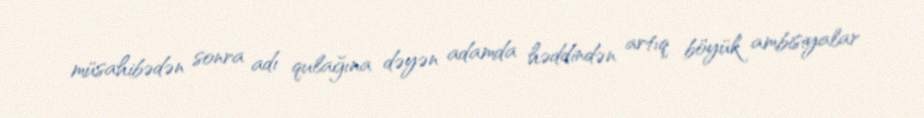
müsahibədən sonra adı qulağına dəyən adamda həddindən artıq böyük ambisiyalar